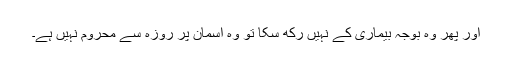
اور پھر وہ بوجہ بیماری کے نہیں رکھ سکا تو وہ آسمان پر روزہ سے محروم نہیں ہے۔